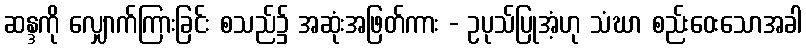
ဆန္ဒကို လျှောက်ကြားခြင်း စသည်၌ အဆုံးအဖြတ်ကား - ဥပုသ်ပြုအံ့ဟု သံဃာ စည်းဝေးသောအခါ